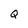
Character: Q